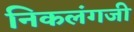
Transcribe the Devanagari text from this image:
निकलंगजी